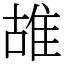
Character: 䧸